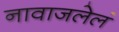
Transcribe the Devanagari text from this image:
नावाजलेलं